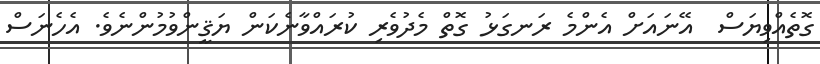
ގޮތެއްވިޔަސް  އޭނައަށް އެންމެ ރަނގަޅު ގޮތް މެދުވެރި ކުރައްވާނެކަން ޔަޤީންވުމުންނެވެ. އެހެނަސް